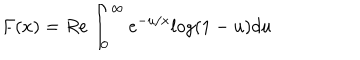
F ( x ) = R e \int _ { 0 } ^ { \infty } { e ^ { - u / x } l o g ( 1 - u ) d u }